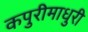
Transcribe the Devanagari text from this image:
कपुरीमाधुरी